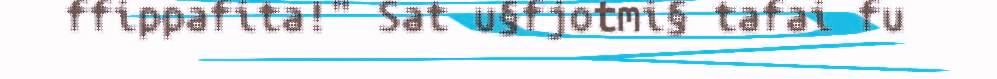
ffippafita!" Sat u§fjotmi§ tafai fu